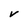
Character: v